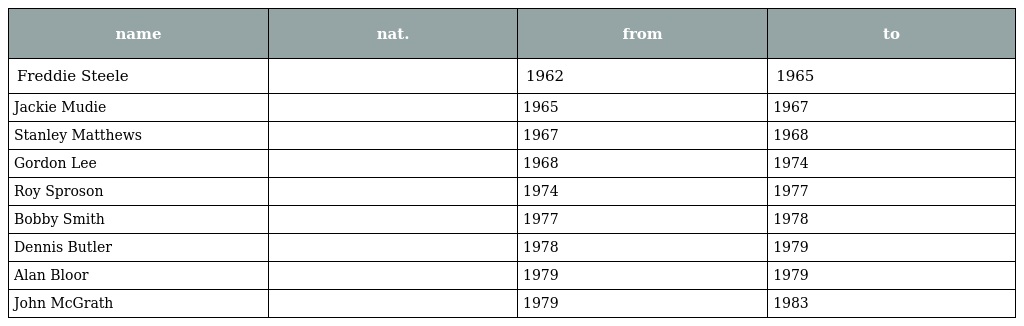
| name | nat. | from | to |
 | --- | --- | --- | --- |
 | Freddie Steele |  | 1962 | 1965 |
 | Jackie Mudie |  | 1965 | 1967 |
 | Stanley Matthews |  | 1967 | 1968 |
 | Gordon Lee |  | 1968 | 1974 |
 | Roy Sproson |  | 1974 | 1977 |
 | Bobby Smith |  | 1977 | 1978 |
 | Dennis Butler |  | 1978 | 1979 |
 | Alan Bloor |  | 1979 | 1979 |
 | John McGrath |  | 1979 | 1983 |